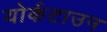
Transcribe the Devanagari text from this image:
योर्कटाउन